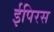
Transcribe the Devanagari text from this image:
ईपिरस